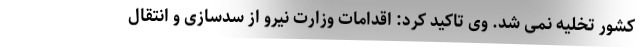
کشور تخلیه نمی شد. وی تاکید کرد: اقدامات وزارت نیرو از سدسازی و انتقال